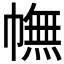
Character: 幠